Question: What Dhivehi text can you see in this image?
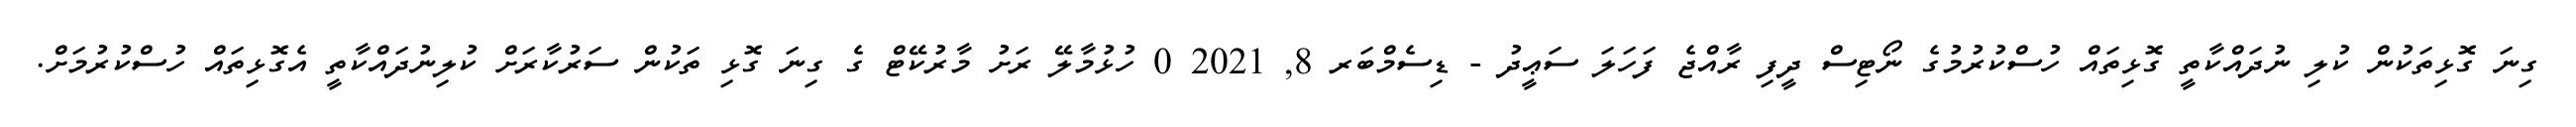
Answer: ގިނަ ގޮޅިތަކުން ކުލި ނުދައްކާތީ ގޮޅިތައް ހުސްކުރުމުގެ ނޯޓިސް ދީފި ރާއްޖެ ފަހަލަ ސަޢީދު - ޑިސެމްބަރ 8, 2021 0 ހުޅުމާލޭ ރަށު މާރުކޭޓް ގެ ގިނަ ގޮޅި ތަކުން ސަރުކާރަށް ކުލިނުދައްކާތީ އެގޮޅިތައް ހުސްކުރުމަށް.